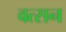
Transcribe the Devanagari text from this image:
वत्सन